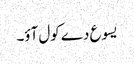
یسوع دے کول آؤ۔